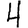
Digit: 4